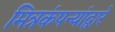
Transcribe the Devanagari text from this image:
मित्रकंपन्यांद्वारे